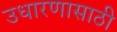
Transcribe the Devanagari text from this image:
उधारणासाठी